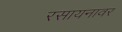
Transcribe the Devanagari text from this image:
रसायनावर